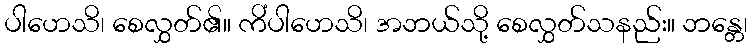
ပါဟေသိ၊ စေလွှတ်၏။ ကိံပါဟေသိ၊ အဘယ်သို့ စေလွှတ်သနည်း။ ဘန္တေ၊